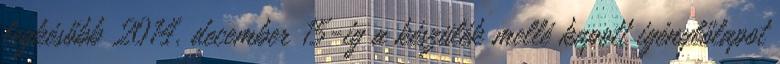
legkésőbb 2014. december 15-ig a készülék mellé kapott igénylőlapot